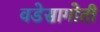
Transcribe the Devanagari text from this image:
वडेसागोती